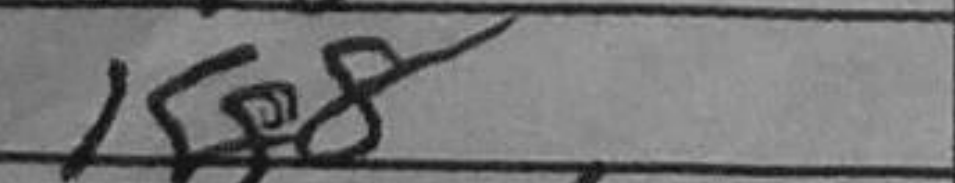
Transcription: Kg8